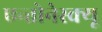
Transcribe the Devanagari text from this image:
एन्तोनेस्क्यू